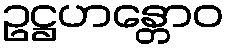
ဥဋ္ဌဟန္တောဝ